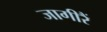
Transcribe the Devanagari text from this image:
जागीरैं